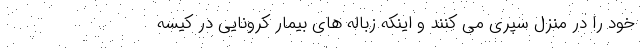
خود را در منزل سپری می کنند و اینکه زباله‌ های بیمار کرونایی در کیسه